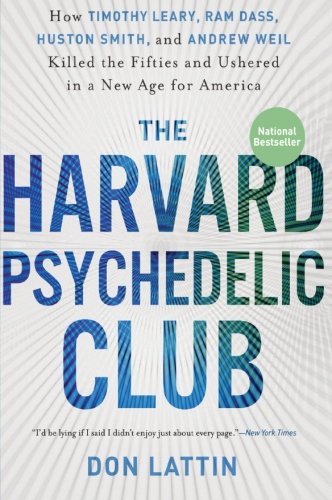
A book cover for The Harvard Psychedelic Club: How Timothy Leary, Ram Dass, Huston Smith, and Andrew Weil Killed the Fifties and Ushered in a New Age for America; Don Lattin; Biographies & Memoirs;